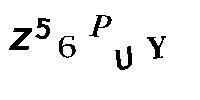
Z56PUY